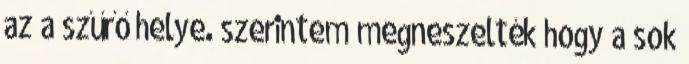
az a szűrő helye. szerintem megneszelték hogy a sok